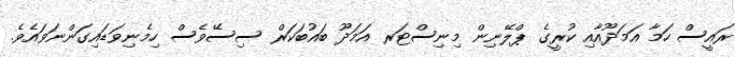
ރައީސް ހަމާ އަމަދޫއާއި ކުރީގެ ޕްލޭނިން މިނިސްޓަރ އަމަދޫ ބައުބަކަރް ސިސޭވެސް ހިމެނިވަޑައިގަންނަވައެވެ.